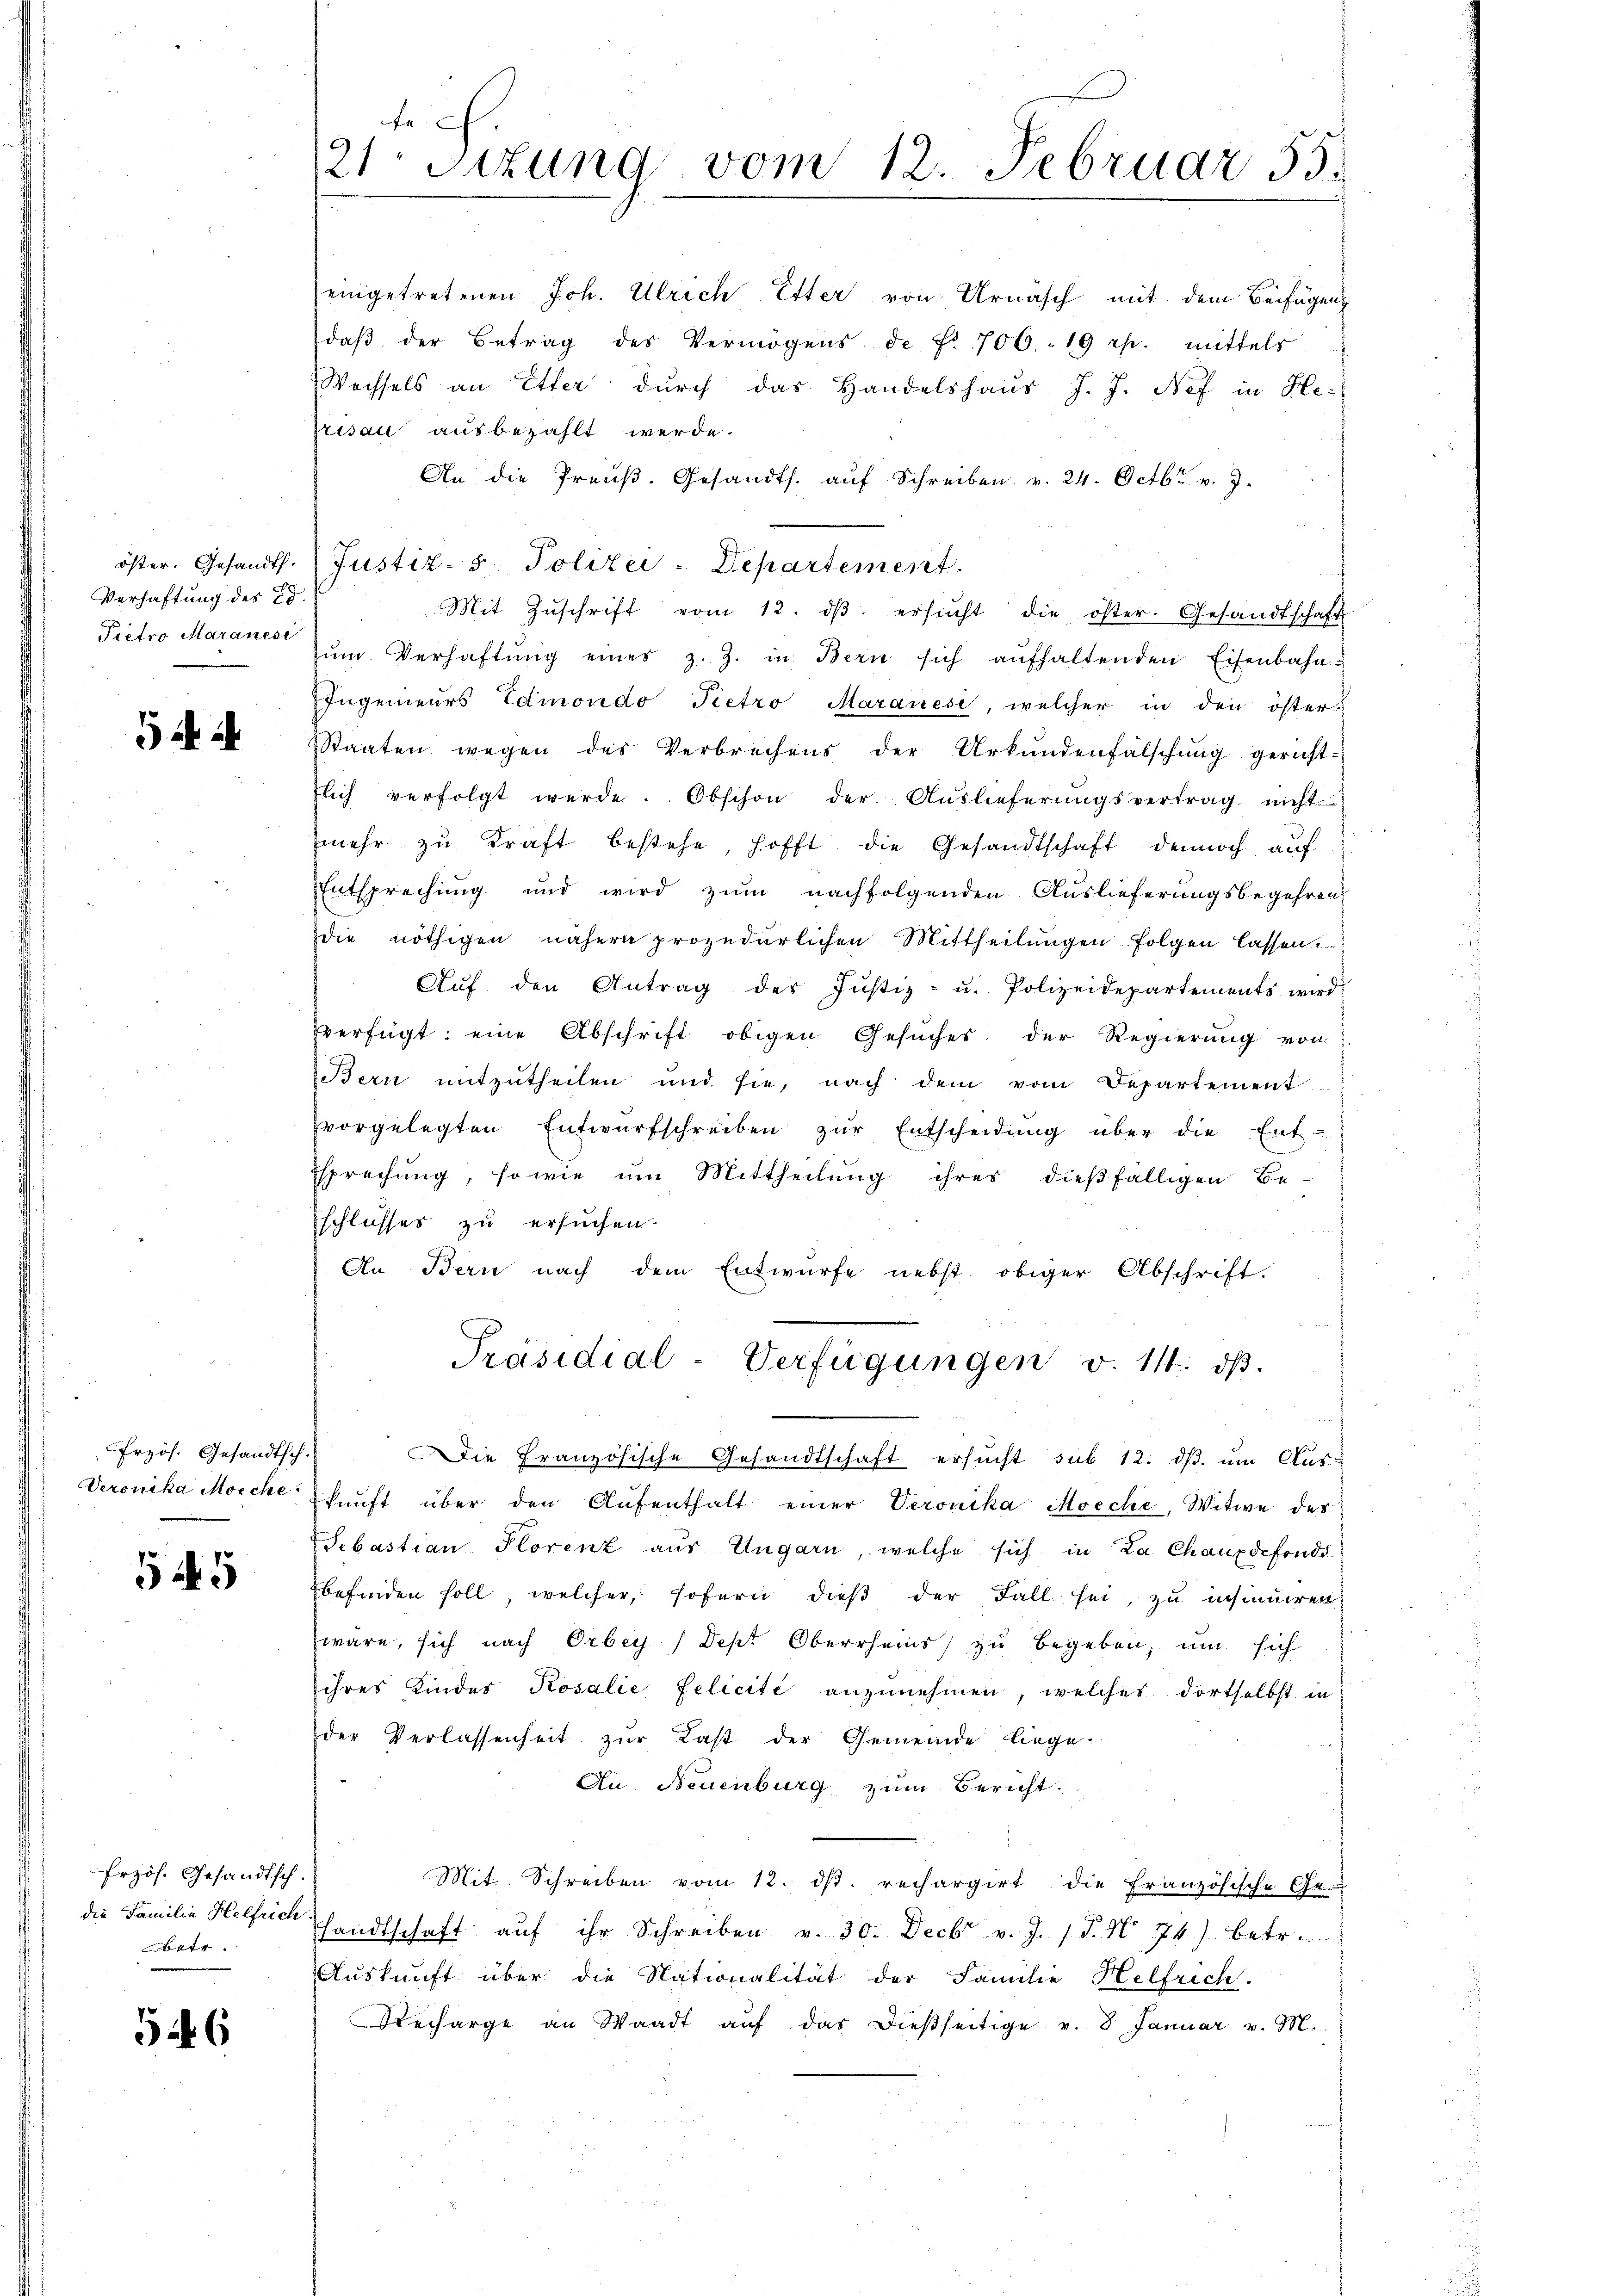
öster. Gesandt.
Verhaftung des 88.
Pietro Maranesi

i i

Przös. Gesandtsch.
Veronika Moeche.

545

Erzös. Gesandtsch.
die Familie Helfrich
betr.

546

21 Sttung vom 12. Februar 55.

eingetretenen Joh. Ulrich Etter von Urnasch mit dem Beifügung
daβ der Betrag des Vermögens de f. 706. 19 rp. mittels
Wachsels an Etter durch das Handelshaus J. J. Nef in He
risau ausbezahlt werde.
An die Preŭβ. Gesandts. aŭf Schreiben v. 24. Octbr. v. 7.
Justiz- & Polizei-Departement.
f
Mit Zŭschrift vom 12. dβ. ersŭcht die öster. Gesandtschaft
zŭm Verhaftŭng eines z. Z. in Bern sich aŭfhaltenden Eisenbahn-
Ingenieurs Edinondo Pietro Maranese, welcher in den öster-
Staaten wegen des Verbrechens der Urkundenfalschung gericht-
flich verfolgt werde. Obschon der Aŭslieferŭngsvertrag nicht
mehr zu Kraft bestehe, hofft die Gesandtschaft dennoch auf
Entsprechung und wird zum nachfolgenden Auslieferungsbegehren
die nöthigen nähern prozedurlichen Mittheilungen folgen lassen.
Aŭf den Antrag der Justiz- u. Polizeidepartements wird
verfügt: eine Abschrift obigen Gesuches der Regierung von
Bern mitzutheilen und sie, nach dem vom Departement
vorgelegten Entwŭrfschreiben zŭr Entscheidŭng über die Ent-
sprechung, sowie um Mittheilung ihres dießfälligen Be-
Eschlusses zu ersuchen.
An Bern nach dem Entwurfe nebst obiger Abschrift.
Präsidial-Verfügungen v. 14. dβ.
e
Die Französische Gesandtschaft ersucht sub 12. dβ. um Auskunft über den Aufenthalt einer Veronika Moeche, Witwe des
Sebastian Plorenz aus Ungarn, welche sich in La Chauxdefonds
befinden soll, welcher, sofern dieß der Fall sei, zu insinuiren
wäre, sich nach Orbey (Dept Oberrheis zu begeben, um sich
ihres Kinder Rosalie felicite anzŭnehmen, welches dortselbst in
der Verlassenheit zŭr Last der Gemeinde liege-
Au Neuenburg zum Bericht:
Mit Schreiben vom 12. dβ. rechargirt die Französische Ge-
handtschaft aŭf ihr Schreiben v. 30. Decbr v. J. P. Nr. 74) betr.
Auskunft über die Nationalität der Familie Helfrich.
Recharge an Waadt aŭf das dießseitige v. 8. Januar v. M.